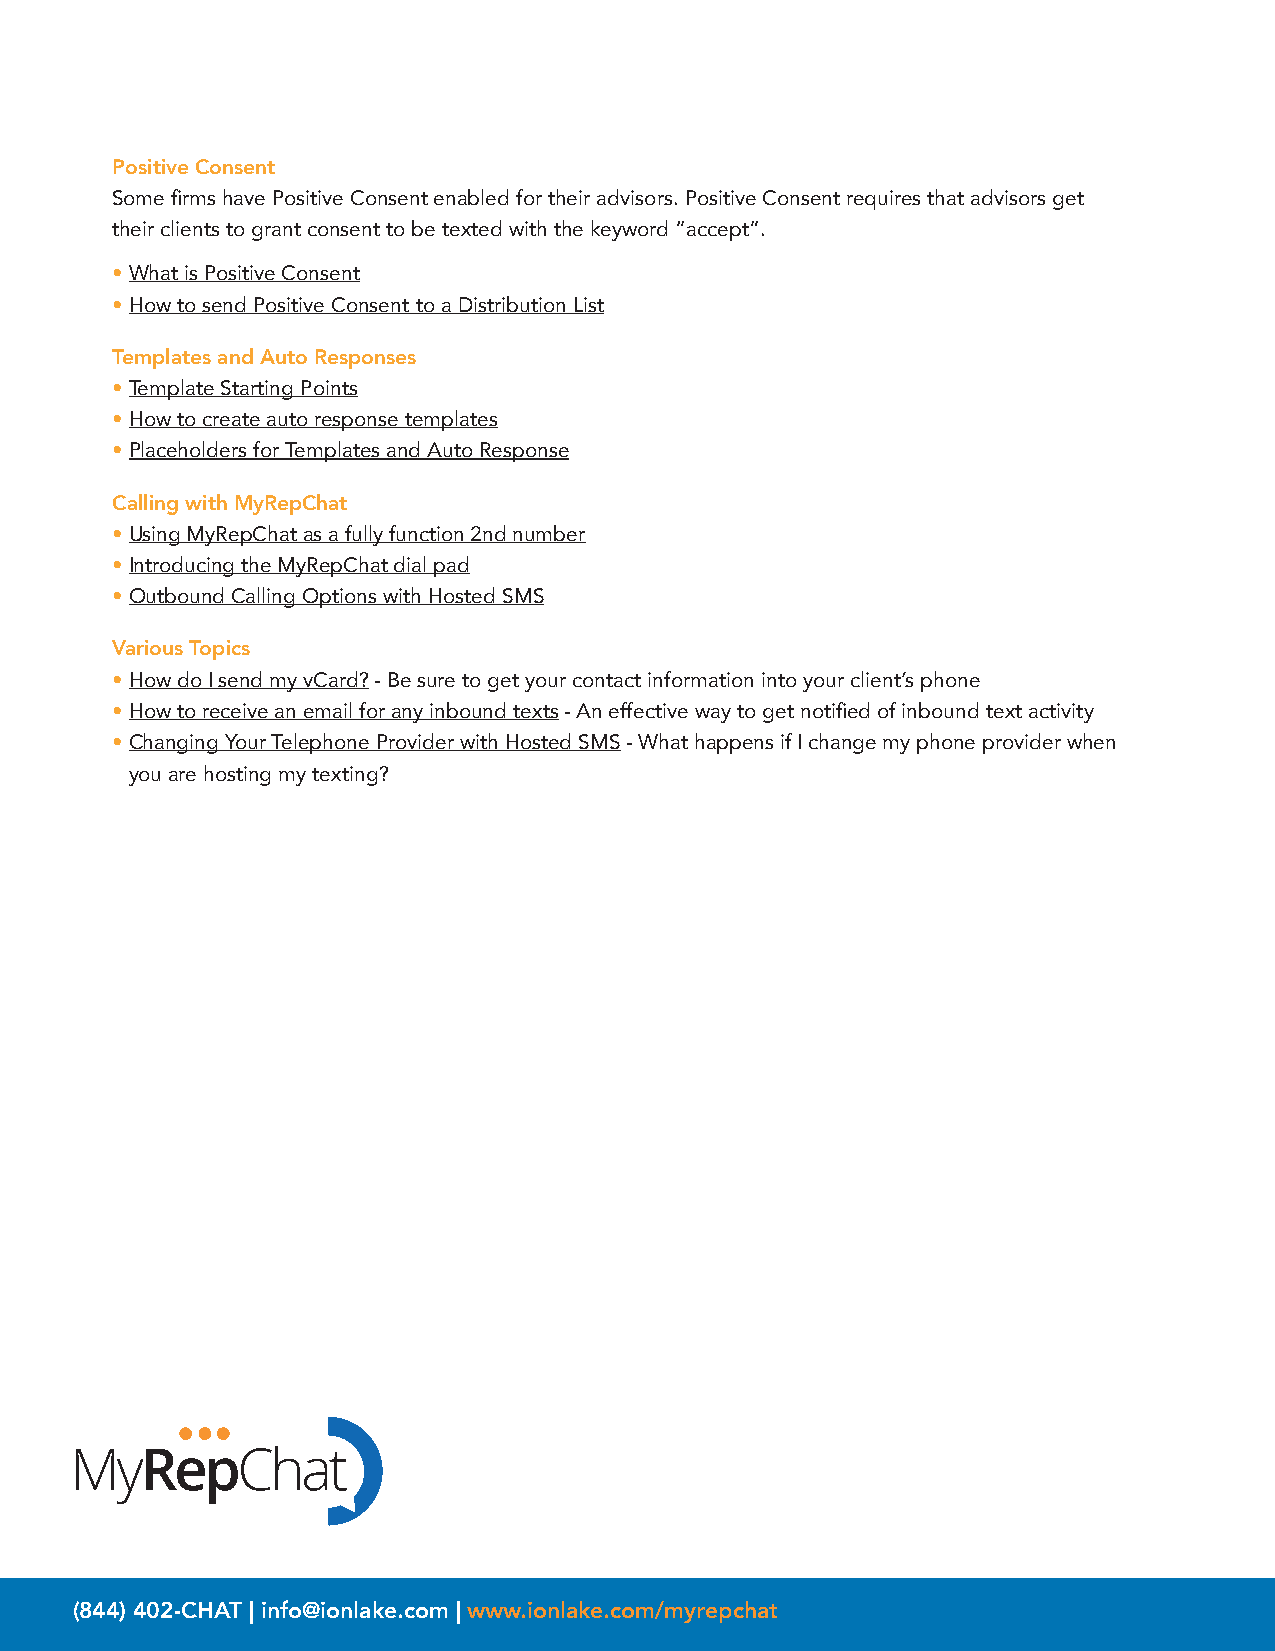
Positive Consent
 Some firms have Positive Consent enabled for their advisors. Positive Consent requires that advisors get
 their clients to grant consent to be texted with the keyword “accept”.
 • What is Positive Consent
 • How to send Positive Consent to a Distribution List
 Templates and Auto Responses
 • Template Starting Points
 • How to create auto response templates
 • Placeholders for Templates and Auto Response
 Calling with MyRepChat
 • Using MyRepChat as a fully function 2nd number
 • Introducing the MyRepChat dial pad
 • Outbound Calling Options with Hosted SMS
 Various Topics
 • How do I send my vCard? - Be sure to get your contact information into your client’s phone
 • How to receive an email for any inbound texts - An effective way to get notified of inbound text activity
 • Changing Your Telephone Provider with Hosted SMS - What happens if I change my phone provider when
 you are hosting my texting?
 (844) 402-CHAT | info@ionlake.com | www.ionlake.com/myrepchat